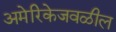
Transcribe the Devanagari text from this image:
अमेरिकेजवळील